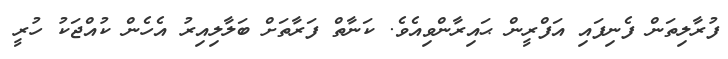
ފުރާލިތަން ފެނިފައި އަފްރީން ޙައިރާންވިއެވެ. ކަނާތް ފަރާތަށް ބަލާލިއިރު އެހެން ކުއްޖަކު ހުރީ